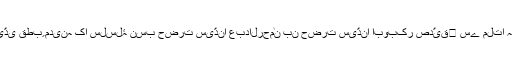
سیّدی قطبِ مدینہ کا سلسلۂ نسب حضرت سیّدنا عبدالرحمٰن بن حضرت سیّدنا ابوبکر صدّیق﷜ سے ملتا ہے۔